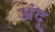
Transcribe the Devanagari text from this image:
अंदू